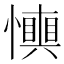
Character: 𢤋